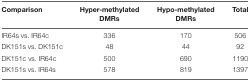
<table><thead><tr><td><b>Comparison</b></td><td><b>Hyper-methylated DMRs</b></td><td><b>Hypo-methylated DMRs</b></td><td><b>Total</b></td></tr></thead><tbody><tr><td>IR64s vs. IR64c</td><td>336</td><td>170</td><td>506</td></tr><tr><td>DK151s vs. DK151c</td><td>48</td><td>44</td><td>92</td></tr><tr><td>DK151c vs. IR64c</td><td>500</td><td>690</td><td>1190</td></tr><tr><td>DK151s vs. IR64s</td><td>578</td><td>819</td><td>1397</td></tr></tbody></table>